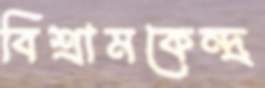
বিশ্রামকেন্দ্র